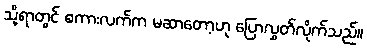
သို့ရာတွင် စကားလက်က မဆာတော့ဟု ပြောလွှတ်လိုက်သည်။